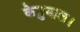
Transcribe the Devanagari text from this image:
केतुमाल।